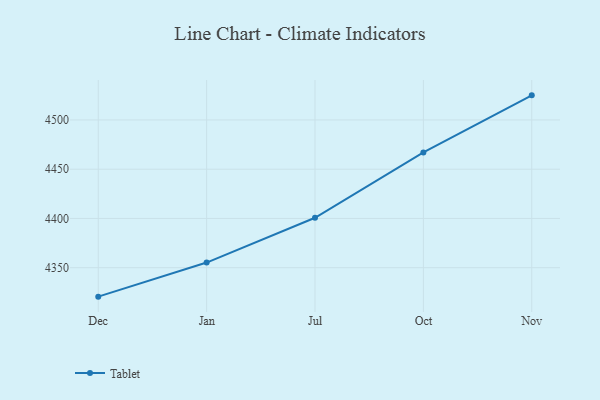
{"axis": {"x": "Month", "y": "Latency (ms)"}, "legend": ["Tablet"], "data": [{"x": "Dec", "y": 4320.6, "type": "Tablet"}, {"x": "Jan", "y": 4355.2, "type": "Tablet"}, {"x": "Jul", "y": 4400.7, "type": "Tablet"}, {"x": "Oct", "y": 4467.0, "type": "Tablet"}, {"x": "Nov", "y": 4525.0, "type": "Tablet"}]}